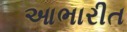
આભારીત